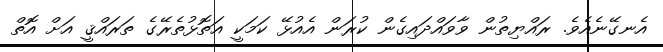
އެނގޭނެއެވެ. ރައްޔިތުން ވާވައްދައިގެން ކުރަން އެއުޅޭ ކަމަކީ އަތޮޅުތެރޭގެ ތަރައްޤީ އަށް އޮތް